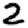
Digit: 2